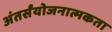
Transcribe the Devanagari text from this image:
अंतर्संयोजनात्मकता